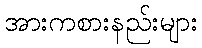
အားကစားနည်းများ